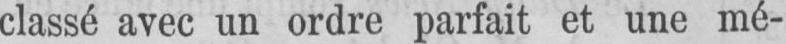
classé avec un ordre parfait et une mé-